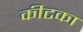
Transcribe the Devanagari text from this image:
कीटका